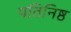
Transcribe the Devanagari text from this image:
पतिनिष्ठ